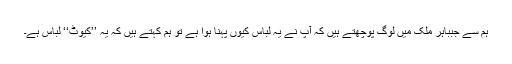
ہم سے جبباہر ملک میں لوگ پوچھتے ہیں کہ آپ نے یہ لباس کیوں پہنا ہوا ہے تو ہم کہتے ہیں کہ یہ ’’کیوٹ‘‘ لباس ہے۔